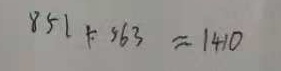
8 5 1 + 5 6 3 \approx 1 4 1 0